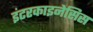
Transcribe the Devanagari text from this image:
इंटरकाइनेसिस